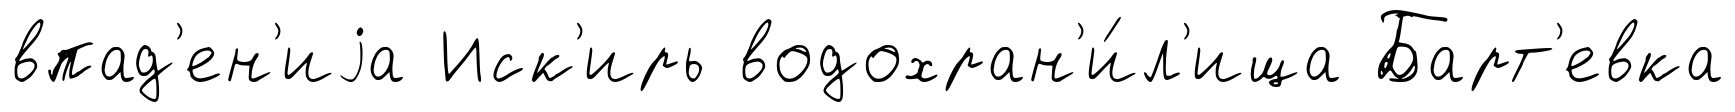
впад'ен'иjа Иск'ирь водохран'и́л'ища Барт'евка